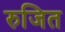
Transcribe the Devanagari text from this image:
रुजित